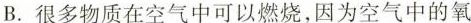
B. 很多物质在空气中可以燃烧，因为空气中的氧